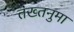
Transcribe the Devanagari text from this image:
तख्तनुमा